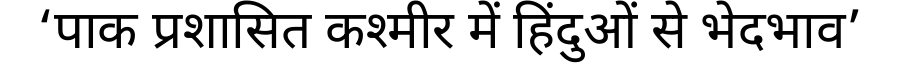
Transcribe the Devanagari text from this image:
‘पाक प्रशासित कश्मीर में हिंदुओं से भेदभाव’